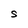
Character: S